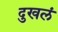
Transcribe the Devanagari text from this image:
दुखलं